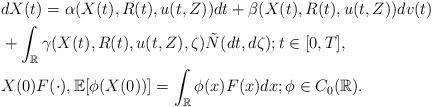
LaTeX: \begin{align*}&dX(t) = \alpha(X(t), R(t), u(t,Z))dt + \beta(X(t), R(t), u(t,Z))dv(t)\\&+\int_{\mathbb{R}}\gamma(X(t), R(t), u(t,Z), \zeta) \tilde{N} (dt, d\zeta); t\in[0, T ],\\&X(0) F(\cdot), \mathbb{E}[\phi(X(0))] =\int_{\mathbb{R}}\phi(x)F(x)dx; \phi\in C_0(\mathbb{R}).\end{align*}